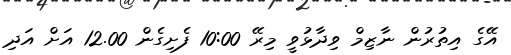
އޭގެ އިތުރުން ނާޒިމް ވިދާޅުވީ މިރޭ 10:00 ފެށިގެން 12.00 އަށް އަދި